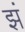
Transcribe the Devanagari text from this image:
झं